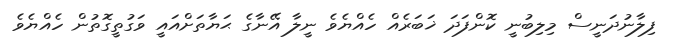
ފިލާނުދަނީސް މިލިބުނީ ކޮންފަދަ ޚަބަރެއް ހެއްޔެވެ ނީލާ އޭނާގެ ޙަޔާތަށްއައީ ވަގުތީގޮތުން ހެއްޔެވެ